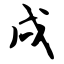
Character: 戌